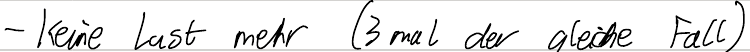
- keine Lust mehr (3 mal der gleiche Fall)